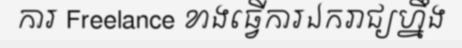
ការ Freelance ខាងធ្វើការឯករាជ្យហ្នឹង